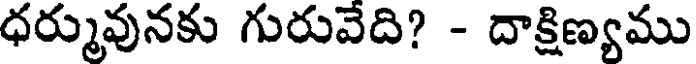
ధర్మువునకు గురువేది? - దాక్షిణ్యము